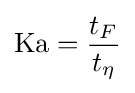
\mathrm {Ka} ={\frac {t_{F}}{t_{\eta }}}